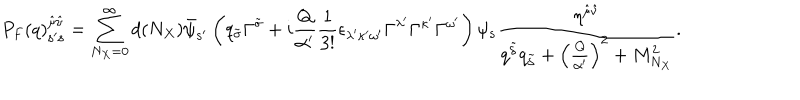
LaTeX: P _ { F } ( q ) _ { { \bf s } ^ { \prime } { \bf s } } ^ { { \hat { \mu } } { \hat { \nu } } } = \sum _ { N _ { X } = 0 } ^ { \infty } d ( N _ { X } ) { \bar { \psi } } _ { { \bf s } ^ { \prime } } \left( q _ { \tilde { \sigma } } \Gamma ^ { \tilde { \sigma } } + i { \frac { Q } { \alpha ^ { \prime } } } { \frac { 1 } { 3 ! } } \epsilon _ { \lambda ^ { \prime } \kappa ^ { \prime } \omega ^ { \prime } } \Gamma ^ { \lambda ^ { \prime } } \Gamma ^ { \kappa ^ { \prime } } \Gamma ^ { \omega ^ { \prime } } \right) \psi _ { \bf s } { \frac { \eta ^ { { \hat { \mu } } { \hat { \nu } } } } { q ^ { \tilde { \delta } } q _ { \tilde { \delta } } + \left( { \frac { Q } { \alpha ^ { \prime } } } \right) ^ { 2 } + M _ { N _ { X } } ^ { 2 } } } .